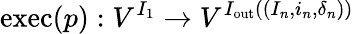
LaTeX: \mathrm{exec}(p):V^{I_{1}}\rightarrow V^{I_{\mathrm{out}}((I_{n},i_{n},\delta_{n}))}